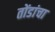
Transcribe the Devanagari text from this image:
तोंडांचा